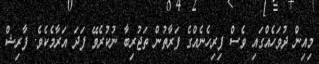
މިއިން ދުވަހެއްގައި ވެސް ފިރިހެނެއްގެ ފަރާތުން ތަޖުރިބާ ނުކުރެވޭ ފަދަ އަރާމެކެވެ. ފާރިޝް